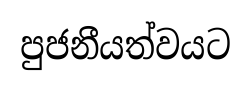
පුජනීයත්වයට